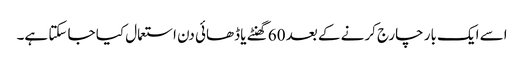
اسے ایک بار چارج کرنے کے بعد 60 گھنٹے یا ڈھائی دن استعمال کیا جا سکتا ہے۔